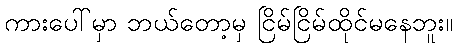
ကားပေါ်မှာ ဘယ်တော့မှ ငြိမ်ငြိမ်ထိုင်မနေဘူး။